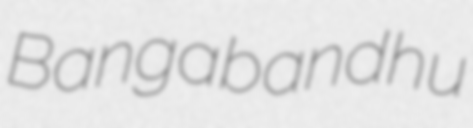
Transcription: Bangabandhu